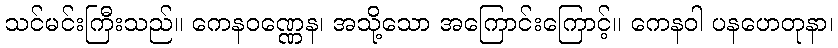
သင်မင်းကြီးသည်။ ကေနဝဏ္ဏေန၊ အသို့သော အကြောင်းကြောင့်။ ကေနဝါ ပနဟေတုနာ၊